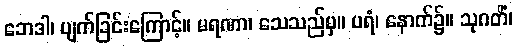
ဘေဒါ၊ ပျက်ခြင်းကြောင့်။ မရဏာ၊ သေသည်မှ။ ပရံ၊ နောက်၌။ သုဂတိံ၊